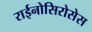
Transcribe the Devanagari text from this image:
राईनोसिरोसेस